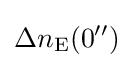
\Delta n_{\text{E}}(0'')